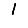
Digit: 1